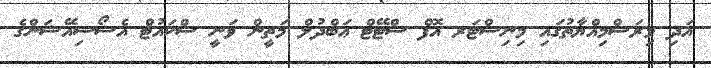
އަދި މިރަސްމިއްޔާތުގައި މިނިސްޓަރ އޮފް ސްޓޭޓް ޢަބްދުލް މަތީން ވަނީ ސްކައުޓް އެސޯސިއޭޝަންގެ